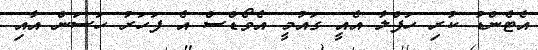
އެޓެންޑު ކުރި ހަފްލާ އެއީ ގައުމީ އެވޯޑްސް އެ ފަހަރު ހަސަން އާއި